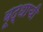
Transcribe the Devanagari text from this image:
बूद्धाची